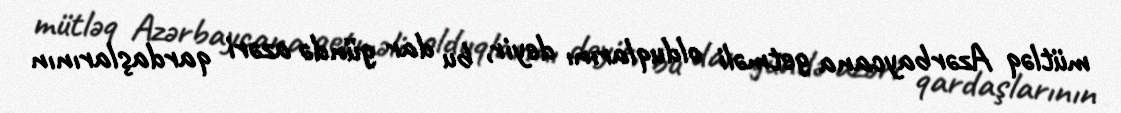
mütləq Azərbaycana getməli olduqlarını deyir, bu dar gündə azəri qardaşlarının